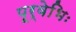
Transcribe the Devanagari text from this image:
पूर्वेभिः